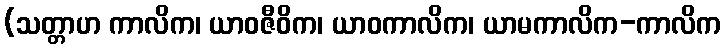
(သတ္တာဟ ကာလိက၊ ယာဝဇီဝိက၊ ယာဝကာလိက၊ ယာမကာလိက-ကာလိက